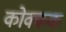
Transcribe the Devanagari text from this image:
कोक्कक